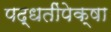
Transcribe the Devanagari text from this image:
पद्धतींपेक्षा